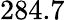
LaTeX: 284.7